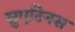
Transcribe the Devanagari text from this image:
सुएटिनस